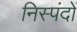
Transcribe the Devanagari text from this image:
निस्पंदों